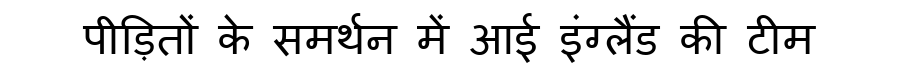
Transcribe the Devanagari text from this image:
पीड़ितों के समर्थन में आई इंग्लैंड की टीम